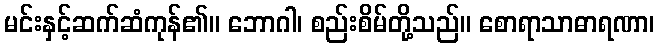
မင်းနှင့်ဆက်ဆံကုန်၏။ ဘောဂါ၊ စည်းစိမ်တို့သည်။ စောရာသာဓာရဏာ၊